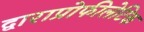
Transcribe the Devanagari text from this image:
द्वाराप्रोफीलेटिक